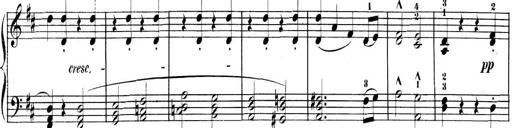
Title: 3 Sonatinen, Op.8
Composer: Isidor Wilhelm Seiss